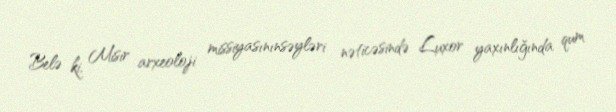
Belə ki, Misir arxeoloji missiyasınınsəyləri nəticəsində Luxor yaxınlığında qum